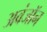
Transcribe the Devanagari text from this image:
अवंजॉन